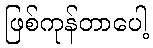
ဖြစ်ကုန်တာပေါ့